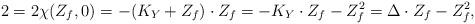
LaTeX: \begin{align*}2=2 \chi(Z_f, 0)=-(K_Y+Z_f) \cdot Z_f=-K_Y \cdot Z_f-Z_f^2=\Delta \cdot Z_f - Z_f^2, \end{align*}